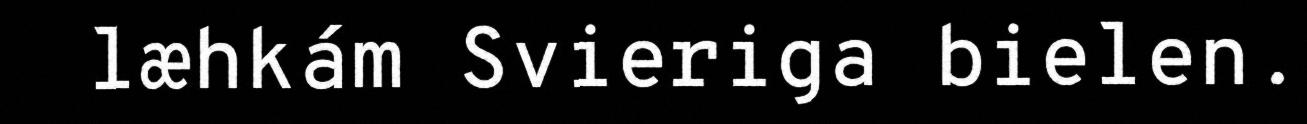
læhkám Svieriga bielen.